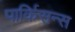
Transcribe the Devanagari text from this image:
पार्किसन्स